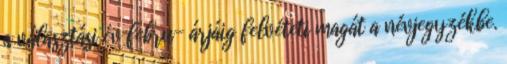
a választási év febru- árjáig felvéteti magát a névjegyzékbe.